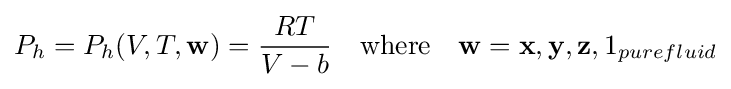
P_{h}=P_{h}(V,T,\mathbf {w} )={\frac {RT}{V-b}}\quad {\text{where}}\quad \mathbf {w} =\mathbf {x} ,\mathbf {y} ,\mathbf {z} ,1_{purefluid}